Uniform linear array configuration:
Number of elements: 8
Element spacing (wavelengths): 0.75
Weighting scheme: hamming
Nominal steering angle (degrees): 0
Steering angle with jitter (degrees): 0.2565
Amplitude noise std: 0.05
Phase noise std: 0.05

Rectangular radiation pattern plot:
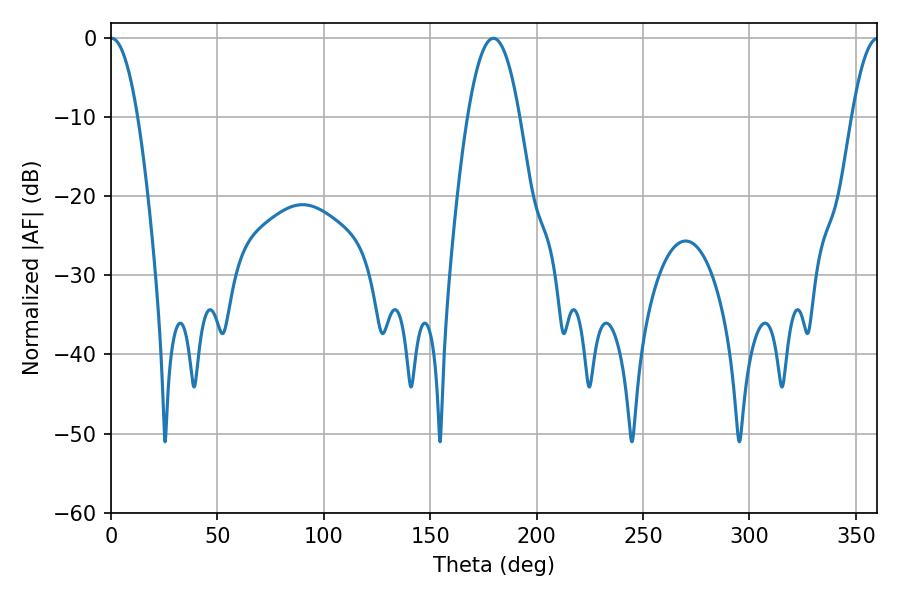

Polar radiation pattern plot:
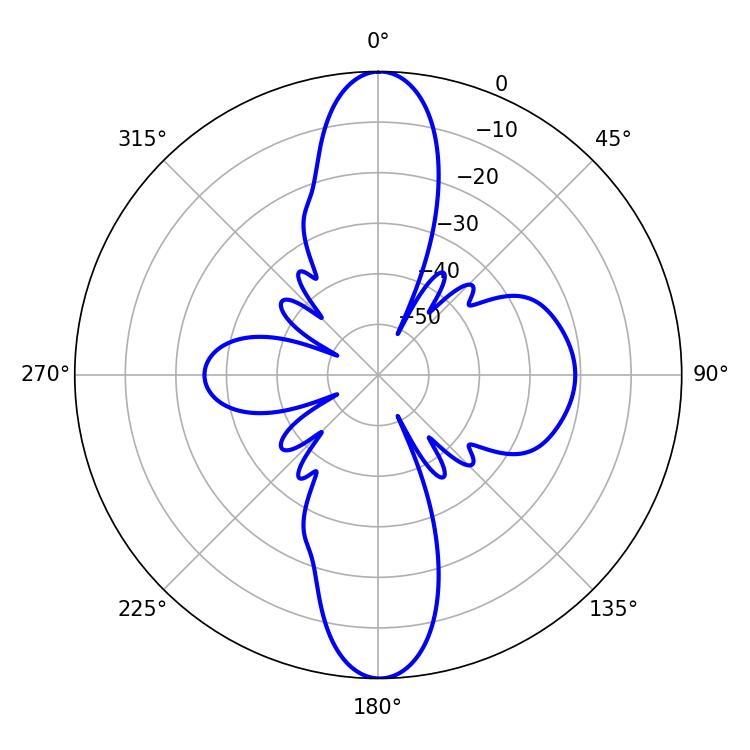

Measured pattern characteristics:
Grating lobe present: TRUE
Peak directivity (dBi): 25.404
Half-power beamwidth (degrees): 7.02
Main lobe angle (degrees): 0.36